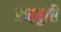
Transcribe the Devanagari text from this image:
सद्दबुत्ति